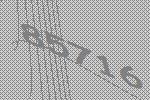
85716